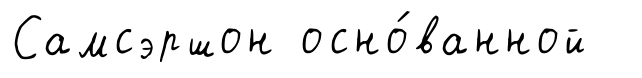
Самсэршон осно́ванной